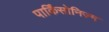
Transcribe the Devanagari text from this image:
पार्किंसोनिज़्म